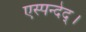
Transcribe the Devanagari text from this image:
एस्पन्देद्।